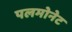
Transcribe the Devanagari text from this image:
पलमोनेट